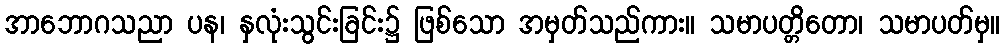
အာဘောဂသညာ ပန၊ နှလုံးသွင်းခြင်း၌ ဖြစ်သော အမှတ်သည်ကား။ သမာပတ္တိတော၊ သမာပတ်မှ။